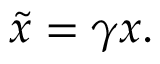
\tilde { x } = \gamma x .